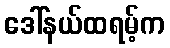
ဒေါ်နယ်ထရမ့်က